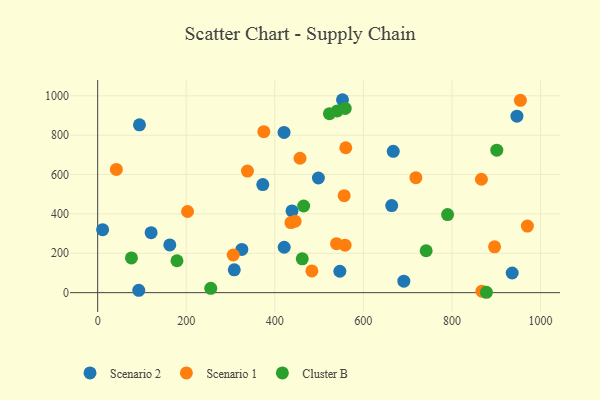
{"axis": {"x": "Engine Size", "y": "Yield"}, "legend": ["Cluster B", "Scenario 1", "Scenario 2"], "data": [{"x": "94.4", "y": 852.7, "type": "Scenario 2"}, {"x": "421.2", "y": 230.6, "type": "Scenario 2"}, {"x": "664.0", "y": 442.5, "type": "Scenario 2"}, {"x": "546.9", "y": 108.7, "type": "Scenario 2"}, {"x": "498.5", "y": 582.3, "type": "Scenario 2"}, {"x": "325.6", "y": 219.4, "type": "Scenario 2"}, {"x": "552.9", "y": 980.0, "type": "Scenario 2"}, {"x": "162.9", "y": 242.2, "type": "Scenario 2"}, {"x": "936.1", "y": 99.9, "type": "Scenario 2"}, {"x": "691.4", "y": 58.2, "type": "Scenario 2"}, {"x": "11.2", "y": 319.7, "type": "Scenario 2"}, {"x": "946.8", "y": 896.4, "type": "Scenario 2"}, {"x": "92.8", "y": 11.7, "type": "Scenario 2"}, {"x": "438.9", "y": 414.9, "type": "Scenario 2"}, {"x": "420.9", "y": 814.0, "type": "Scenario 2"}, {"x": "667.5", "y": 718.1, "type": "Scenario 2"}, {"x": "120.7", "y": 304.8, "type": "Scenario 2"}, {"x": "308.5", "y": 115.7, "type": "Scenario 2"}, {"x": "372.9", "y": 548.8, "type": "Scenario 2"}, {"x": "718.6", "y": 584.0, "type": "Scenario 1"}, {"x": "558.7", "y": 241.1, "type": "Scenario 1"}, {"x": "483.7", "y": 110.4, "type": "Scenario 1"}, {"x": "896.3", "y": 232.7, "type": "Scenario 1"}, {"x": "970.4", "y": 338.4, "type": "Scenario 1"}, {"x": "560.3", "y": 736.0, "type": "Scenario 1"}, {"x": "338.2", "y": 617.5, "type": "Scenario 1"}, {"x": "556.7", "y": 492.4, "type": "Scenario 1"}, {"x": "306.1", "y": 191.2, "type": "Scenario 1"}, {"x": "436.4", "y": 356.1, "type": "Scenario 1"}, {"x": "954.7", "y": 977.1, "type": "Scenario 1"}, {"x": "457.0", "y": 682.6, "type": "Scenario 1"}, {"x": "375.2", "y": 817.9, "type": "Scenario 1"}, {"x": "866.6", "y": 576.0, "type": "Scenario 1"}, {"x": "42.2", "y": 625.8, "type": "Scenario 1"}, {"x": "203.0", "y": 412.1, "type": "Scenario 1"}, {"x": "867.8", "y": 7.5, "type": "Scenario 1"}, {"x": "445.9", "y": 362.7, "type": "Scenario 1"}, {"x": "539.4", "y": 248.9, "type": "Scenario 1"}, {"x": "179.1", "y": 162.1, "type": "Cluster B"}, {"x": "76.3", "y": 176.3, "type": "Cluster B"}, {"x": "541.0", "y": 923.3, "type": "Cluster B"}, {"x": "465.2", "y": 440.1, "type": "Cluster B"}, {"x": "255.4", "y": 22.0, "type": "Cluster B"}, {"x": "523.5", "y": 909.1, "type": "Cluster B"}, {"x": "741.8", "y": 212.8, "type": "Cluster B"}, {"x": "559.0", "y": 935.7, "type": "Cluster B"}, {"x": "462.0", "y": 171.7, "type": "Cluster B"}, {"x": "877.9", "y": 1.9, "type": "Cluster B"}, {"x": "901.3", "y": 723.7, "type": "Cluster B"}, {"x": "790.2", "y": 396.6, "type": "Cluster B"}]}